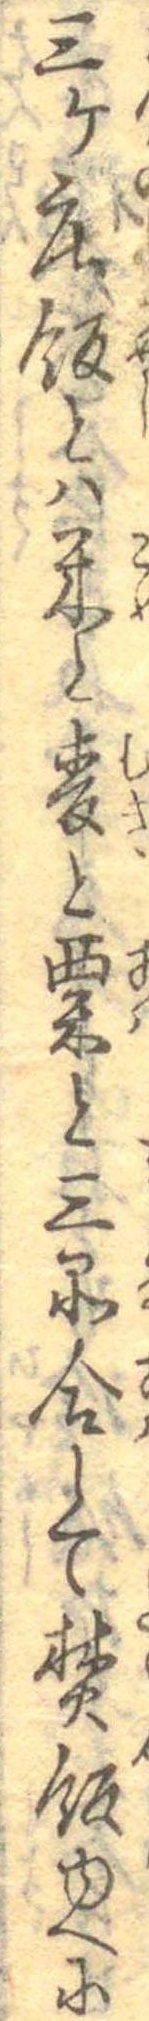
三ケ荘飯とは米と麦と粟と三品合して焚飯ゆへに